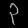
Digit: ၃